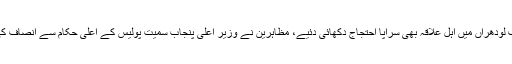
بچے سے زیادتی کے خلاف لودھراں میں اہل علاقہ بھی سراپا احتجاج دکھائی دئیے، مظاہرین نے وزیر اعلی پنجاب سمیت پولیس کے اعلی حکام سے انصاف کی فراہمی کا مطالبہ کیا ہے۔